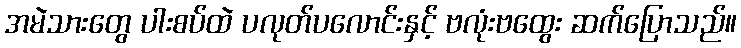
အမဲသားတွေ ပါးစပ်ထဲ ပလုတ်ပလောင်းနှင့် ဗလုံးဗထွေး ဆက်ပြောသည်။